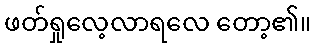
ဖတ်ရှုလေ့လာရလေ တော့၏။